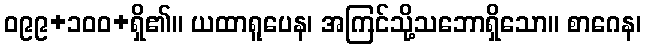
ဝ၉၉+၁၀၀+ရှိ၏။ ယထာရူပေန၊ အကြင်သို့သဘောရှိသော။ စာဂေန၊